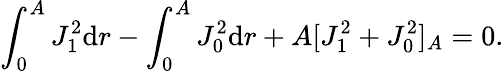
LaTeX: \int_{0}^{A}J_{1}^{2}\mathrm{d}r-\int_{0}^{A}J_{0}^{2}\mathrm{d}r+A[J_{1}^{2}+J_{0}^{2}]_{A}=0.